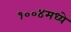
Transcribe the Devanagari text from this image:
१००४मध्ये